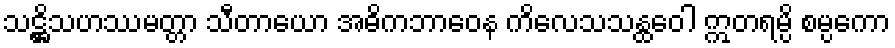
သဋ္ဌိသဟဿမတ္တာ သီတာယော အဓိကဘာဝေန ကိလေသသန္ထဝေါ ဣတရမ္ပိ စမ္ပကော